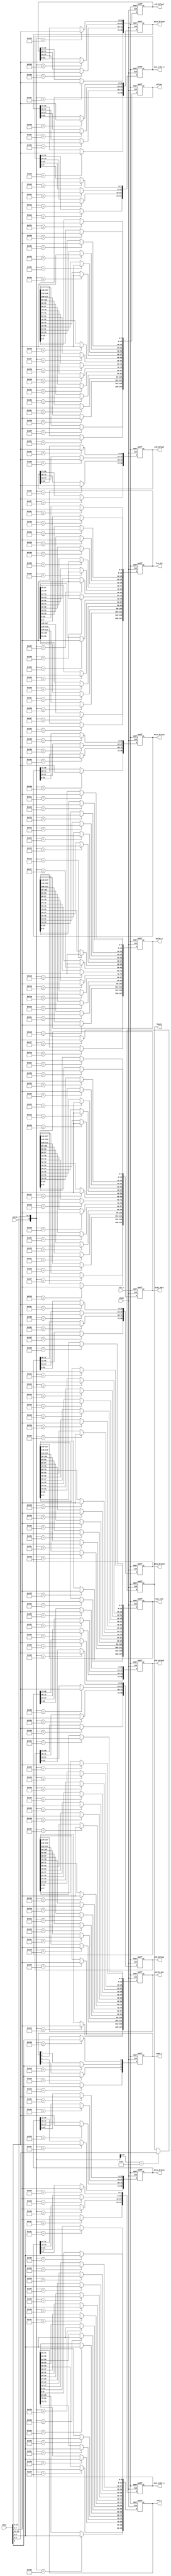
module control_blk(
	clk20,
	res_n,
	data,
	valid,
	frq_div,
	pulse_w,
	diag_data,
	smax_num,
	words_num,
	offset,
	mul_c,
	znd_delay0,
	znd_delay1,
	znd_delay2,
	znd_delay3,
	num_order_z,
	data_delay0,
	data_delay1,
	data_delay2,
	data_delay3,
	num_order_x,
	pdwn_x,
	hpwon
);

input clk20;
input res_n;
input [31:0] data;
input valid;
output [127:0] frq_div;
output [127:0] pulse_w;
output [127:0] diag_data;
output [127:0] smax_num;
output [127:0] words_num;
output [127:0] offset;
output [95:0] mul_c;
output [95:0] znd_delay0;
output [95:0] znd_delay1;
output [95:0] znd_delay2;
output [95:0] znd_delay3;
output [31:0] num_order_z;
output [95:0] data_delay0;
output [95:0] data_delay1;
output [95:0] data_delay2;
output [95:0] data_delay3;
output [31:0] num_order_x;
output [3:0] pdwn_x;
output [2:0] hpwon;
reg [127:0] frq_div;
reg [127:0] pulse_w;
reg [127:0] diag_data;
reg [127:0] smax_num;
reg [127:0] words_num;
reg [127:0] offset;
reg [95:0] mul_c;
reg [95:0] znd_delay0;
reg [95:0] znd_delay1;
reg [95:0] znd_delay2;
reg [95:0] znd_delay3;
reg [31:0] num_order_z;
reg [95:0] data_delay0;
reg [95:0] data_delay1;
reg [95:0] data_delay2;
reg [95:0] data_delay3;
reg [31:0] num_order_x;
reg [3:0] pdwn_x;
reg [2:0] hpwon;
//--------------------------------------------------------------------------------------------------------------
//default values for virtual channals
wire [7:0] frq_div_d = 8'd49;		 			//zond pulse frequency = 2.5 MHz
wire [7:0] pulse_w_d = 8'd25;					//zond pulse width = 100 ns
wire [7:0] diag_data_d = 8'h84;				//4 zond pulse + 8 blanch pulse
wire [7:0] smax_num_d = 8'd25;				//26 input points to select maximum
wire [7:0] words_num_d = 8'd31;				//32 words of data to transmit
wire [7:0] offset_d = 8'h83;					//offset = 131
wire [5:0] mul_c_d = 6'd16;					//multiply data by 19/16 
//--------------------------------------------------------------------------------------------------------------
//default values for physical channals 
wire [23:0] znd_delay0_d = 24'd0;			//0 us delay from main sync to zond pulse N0
wire [23:0] znd_delay1_d = 24'd4000;		//200 us delay from main sync to zond pulse N1
wire [23:0] znd_delay2_d = 24'd8000;		//400 us delay from main sync to zond pulse N2
wire [23:0] znd_delay3_d = 24'd12000;		//600 us delay from main sync to zond pulse N3
wire [7:0] num_order_z_d = 8'b11100100;	//zond channals order 0 -> 1 -> 2 -> 3
wire [23:0] data_delay0_d = 24'd0;			//0 us delay data acquire from main sync to cycle N0
wire [23:0] data_delay1_d = 24'd4000;		//200 us delay data acquire from main sync to cycle N1
wire [23:0] data_delay2_d = 24'd8000;		//400 us delay data acquire from main sync to cycle N2
wire [23:0] data_delay3_d = 24'd12000;		//600 us delay data acquire from main sync to cycle N3
wire [7:0] num_order_x_d = 8'b11100100;	//data channals order 0 -> 1 -> 2 -> 3
wire pdwn_x_d = 1'b0;							//sleep mode off
wire hpwon_d = 3'b000;							//high voltage off
//-------------------------------------------------------------------------------------------------------------
always@(posedge clk20 or negedge res_n)
begin
	if (!res_n)
	begin
		frq_div <= {16{frq_div_d}};
		pulse_w <= {16{pulse_w_d}};
		diag_data <= {16{diag_data_d}};
		smax_num <= {16{smax_num_d}};
		words_num <= {16{words_num_d}};
		offset <= {16{offset_d}};
		mul_c <= {16{mul_c_d}};
		znd_delay0 <= {4{znd_delay0_d}};
		znd_delay1 <= {4{znd_delay1_d}};
		znd_delay2 <= {4{znd_delay2_d}};
		znd_delay3 <= {4{znd_delay3_d}};
		num_order_z <= {4{num_order_z_d}};
		data_delay0 <= {4{data_delay0_d}};
		data_delay1 <= {4{data_delay1_d}};
		data_delay2 <= {4{data_delay2_d}};
		data_delay3 <= {4{data_delay3_d}};
		num_order_x <= {4{num_order_x_d}};
		pdwn_x <= {4{pdwn_x_d}};
		hpwon <= hpwon_d;
	end
	else
	begin
		casex({valid,data[31:24]})
//virtual channals settings
//N0----------------------------------------------
			9'h100: frq_div[7:0] <= data[7:0];
			9'h101: frq_div[15:8] <= data[7:0];
			9'h102: frq_div[23:16] <= data[7:0];
			9'h103: frq_div[31:24] <= data[7:0];
			9'h104: frq_div[39:32] <= data[7:0];
			9'h105: frq_div[47:40] <= data[7:0];
			9'h106: frq_div[55:48] <= data[7:0];
			9'h107: frq_div[63:56] <= data[7:0];
			9'h108: frq_div[71:64] <= data[7:0];
			9'h109: frq_div[79:72] <= data[7:0];
			9'h10a: frq_div[87:80] <= data[7:0];
			9'h10b: frq_div[95:88] <= data[7:0];
			9'h10c: frq_div[103:96] <= data[7:0];
			9'h10d: frq_div[111:104] <= data[7:0];
			9'h10e: frq_div[119:112] <= data[7:0];
			9'h10f: frq_div[127:120] <= data[7:0];
//N1-----------------------------------------------		
			9'h110: pulse_w[7:0] <= data[7:0];
			9'h111: pulse_w[15:8] <= data[7:0];
			9'h112: pulse_w[23:16] <= data[7:0];
			9'h113: pulse_w[31:24] <= data[7:0];
			9'h114: pulse_w[39:32] <= data[7:0];
			9'h115: pulse_w[47:40] <= data[7:0];
			9'h116: pulse_w[55:48] <= data[7:0];
			9'h117: pulse_w[63:56] <= data[7:0];
			9'h118: pulse_w[71:64] <= data[7:0];
			9'h119: pulse_w[79:72] <= data[7:0];
			9'h11a: pulse_w[87:80] <= data[7:0];
			9'h11b: pulse_w[95:88] <= data[7:0];
			9'h11c: pulse_w[103:96] <= data[7:0];
			9'h11d: pulse_w[111:104] <= data[7:0];
			9'h11e: pulse_w[119:112] <= data[7:0];
			9'h11f: pulse_w[127:120] <= data[7:0];
//N2-----------------------------------------------		
			9'h120: diag_data[7:0] <= data[7:0];
			9'h121: diag_data[15:8] <= data[7:0];
			9'h122: diag_data[23:16] <= data[7:0];
			9'h123: diag_data[31:24] <= data[7:0];
			9'h124: diag_data[39:32] <= data[7:0];
			9'h125: diag_data[47:40] <= data[7:0];
			9'h126: diag_data[55:48] <= data[7:0];
			9'h127: diag_data[63:56] <= data[7:0];
			9'h128: diag_data[71:64] <= data[7:0];
			9'h129: diag_data[79:72] <= data[7:0];
			9'h12a: diag_data[87:80] <= data[7:0];
			9'h12b: diag_data[95:88] <= data[7:0];
			9'h12c: diag_data[103:96] <= data[7:0];
			9'h12d: diag_data[111:104] <= data[7:0];
			9'h12e: diag_data[119:112] <= data[7:0];
			9'h12f: diag_data[127:120] <= data[7:0];
//N3-----------------------------------------------		
			9'h130: smax_num[7:0] <= data[7:0];
			9'h131: smax_num[15:8] <= data[7:0];
			9'h132: smax_num[23:16] <= data[7:0];
			9'h133: smax_num[31:24] <= data[7:0];
			9'h134: smax_num[39:32] <= data[7:0];
			9'h135: smax_num[47:40] <= data[7:0];
			9'h136: smax_num[55:48] <= data[7:0];
			9'h137: smax_num[63:56] <= data[7:0];
			9'h138: smax_num[71:64] <= data[7:0];
			9'h139: smax_num[79:72] <= data[7:0];
			9'h13a: smax_num[87:80] <= data[7:0];
			9'h13b: smax_num[95:88] <= data[7:0];
			9'h13c: smax_num[103:96] <= data[7:0];
			9'h13d: smax_num[111:104] <= data[7:0];
			9'h13e: smax_num[119:112] <= data[7:0];
			9'h13f: smax_num[127:120] <= data[7:0];		
//N4-----------------------------------------------		
			9'h140: words_num[7:0] <= data[7:0];
			9'h141: words_num[15:8] <= data[7:0];
			9'h142: words_num[23:16] <= data[7:0];
			9'h143: words_num[31:24] <= data[7:0];
			9'h144: words_num[39:32] <= data[7:0];
			9'h145: words_num[47:40] <= data[7:0];
			9'h146: words_num[55:48] <= data[7:0];
			9'h147: words_num[63:56] <= data[7:0];
			9'h148: words_num[71:64] <= data[7:0];
			9'h149: words_num[79:72] <= data[7:0];
			9'h14a: words_num[87:80] <= data[7:0];
			9'h14b: words_num[95:88] <= data[7:0];
			9'h14c: words_num[103:96] <= data[7:0];
			9'h14d: words_num[111:104] <= data[7:0];
			9'h14e: words_num[119:112] <= data[7:0];
			9'h14f: words_num[127:120] <= data[7:0];		
//N5-----------------------------------------------		
			9'h150: offset[7:0] <= data[7:0];
			9'h151: offset[15:8] <= data[7:0];
			9'h152: offset[23:16] <= data[7:0];
			9'h153: offset[31:24] <= data[7:0];
			9'h154: offset[39:32] <= data[7:0];
			9'h155: offset[47:40] <= data[7:0];
			9'h156: offset[55:48] <= data[7:0];
			9'h157: offset[63:56] <= data[7:0];
			9'h158: offset[71:64] <= data[7:0];
			9'h159: offset[79:72] <= data[7:0];
			9'h15a: offset[87:80] <= data[7:0];
			9'h15b: offset[95:88] <= data[7:0];
			9'h15c: offset[103:96] <= data[7:0];
			9'h15d: offset[111:104] <= data[7:0];
			9'h15e: offset[119:112] <= data[7:0];
			9'h15f: offset[127:120] <= data[7:0];		
//N6-----------------------------------------------		
			9'h160: mul_c[5:0] <= data[5:0];
			9'h161: mul_c[11:6] <= data[5:0];
			9'h162: mul_c[17:12] <= data[5:0];
			9'h163: mul_c[23:18] <= data[5:0];
			9'h164: mul_c[29:24] <= data[5:0];
			9'h165: mul_c[35:30] <= data[5:0];
			9'h166: mul_c[41:36] <= data[5:0];
			9'h167: mul_c[47:42] <= data[5:0];
			9'h168: mul_c[53:48] <= data[5:0];
			9'h169: mul_c[59:54] <= data[5:0];
			9'h16a: mul_c[65:60] <= data[5:0];
			9'h16b: mul_c[71:66] <= data[5:0];
			9'h16c: mul_c[77:72] <= data[5:0];
			9'h16d: mul_c[83:78] <= data[5:0];
			9'h16e: mul_c[89:84] <= data[5:0];
			9'h16f: mul_c[95:90] <= data[5:0];				
//physical channals settings
//N0------------------------------------------------
			9'h180: znd_delay0[23:0] <= data[23:0];
			9'h181: znd_delay0[47:24] <= data[23:0];
			9'h182: znd_delay0[71:48] <= data[23:0];
			9'h183: znd_delay0[95:72] <= data[23:0];
//N1------------------------------------------------
			9'h184: znd_delay1[23:0] <= data[23:0];
			9'h185: znd_delay1[47:24] <= data[23:0];
			9'h186: znd_delay1[71:48] <= data[23:0];
			9'h187: znd_delay1[95:72] <= data[23:0];
//N2------------------------------------------------
			9'h188: znd_delay2[23:0] <= data[23:0];
			9'h189: znd_delay2[47:24] <= data[23:0];
			9'h18a: znd_delay2[71:48] <= data[23:0];
			9'h18b: znd_delay2[95:72] <= data[23:0];
//N3------------------------------------------------
			9'h18c: znd_delay3[23:0] <= data[23:0];
			9'h18d: znd_delay3[47:24] <= data[23:0];
			9'h18e: znd_delay3[71:48] <= data[23:0];
			9'h18f: znd_delay3[95:72] <= data[23:0];		
//N4------------------------------------------------
			9'h190: data_delay0[23:0] <= data[23:0];
			9'h191: data_delay0[47:24] <= data[23:0];
			9'h192: data_delay0[71:48] <= data[23:0];
			9'h193: data_delay0[95:72] <= data[23:0];		
//N5------------------------------------------------
			9'h194: data_delay1[23:0] <= data[23:0];
			9'h195: data_delay1[47:24] <= data[23:0];
			9'h196: data_delay1[71:48] <= data[23:0];
			9'h197: data_delay1[95:72] <= data[23:0];			
//N6------------------------------------------------
			9'h198: data_delay2[23:0] <= data[23:0];
			9'h199: data_delay2[47:24] <= data[23:0];
			9'h19a: data_delay2[71:48] <= data[23:0];
			9'h19b: data_delay2[95:72] <= data[23:0];
//N7------------------------------------------------
			9'h19c: data_delay3[23:0] <= data[23:0];
			9'h19d: data_delay3[47:24] <= data[23:0];
			9'h19e: data_delay3[71:48] <= data[23:0];
			9'h19f: data_delay3[95:72] <= data[23:0];	
//N8------------------------------------------------
			9'h1a0: num_order_z[7:0] <= data[7:0];
			9'h1a1: num_order_z[15:8] <= data[7:0];
			9'h1a2: num_order_z[23:16] <= data[7:0];
			9'h1a3: num_order_z[31:24] <= data[7:0];
//N9------------------------------------------------
			9'h1a4: num_order_x[7:0] <= data[7:0];
			9'h1a5: num_order_x[15:8] <= data[7:0];
			9'h1a6: num_order_x[23:16] <= data[7:0];
			9'h1a7: num_order_x[31:24] <= data[7:0];	
//NA------------------------------------------------
			9'h1a8: pdwn_x[0] <= data[0];
			9'h1a9: pdwn_x[1] <= data[0];
			9'h1aa: pdwn_x[2] <= data[0];
			9'h1ab: pdwn_x[3] <= data[0];
//N1F------------------------------------------------
			9'b1111111xxx: hpwon <= data[2:0];
		endcase
	end
end

endmodule